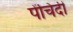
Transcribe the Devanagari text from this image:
पेंचिदी